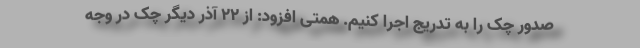
صدور چک را به تدریج اجرا کنیم. همتی افزود: از 22 آذر دیگر چک در وجه